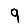
Digit: 9